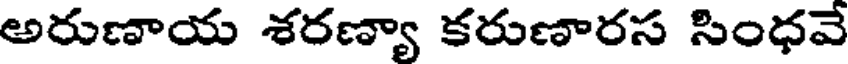
అరుణాయ శరణ్యా కరుణారస సింధవే